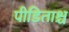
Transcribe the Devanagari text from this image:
पीडिताश्च